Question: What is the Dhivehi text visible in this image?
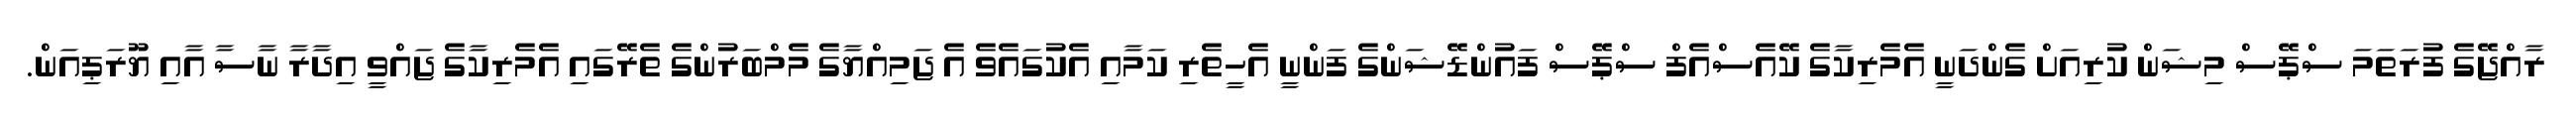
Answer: ރާއްޖޭގެ ފުރަތަމަ ސްޕޭސް މިޝަން ކުރިއަށް ގެންދަނީ އެމެރިކާގެ ކޭއެސްއެފް ސްޕޭސް ފައުންޑޭޝަންގެ ފަންނީ އެހީތެރި ކަމާއި އެކުގައެވެ އެ ޖަމިއްޔާގެ މެމްބަރުންގެ ތެރޭގައި އެމެރިކާގެ ޖައްވީ އިދާރާ ނާސާ އާއި ޔޫރަޕިއަން.